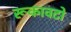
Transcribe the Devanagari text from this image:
रूकावटो